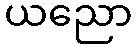
ယညော